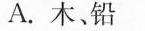
A.木、铅